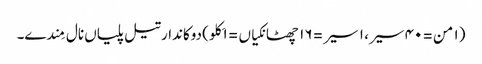
(١ من = ٤٠ سیر، ١ سیر = ١٦ چھٹانکیاں = ١ کِلو) دوکاندار تیل پلیاں نال مِندے۔